Document type: Barter
Year: 1304
Scribe: Pere Pometa
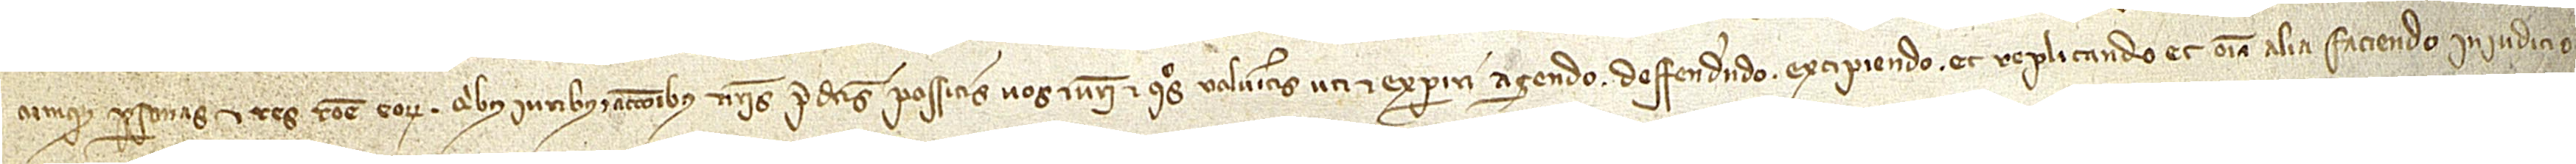
cumque personas et res ratione eorum. Quibus iuribus et accionibus nostris predictis possitis vos et vestri et quos volueritis uti et experiri, agendo, deffendendo, excipiendo et replicando et omnia alia faciendo in iudicio